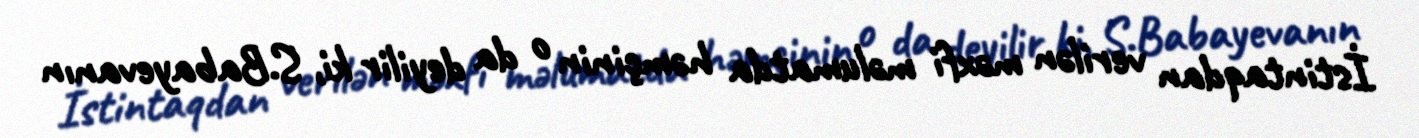
İstintaqdan verilən məxfi məlumatda həmçinin o da deyilir ki, S.Babayevanın